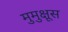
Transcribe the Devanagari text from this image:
मुमुक्षूस